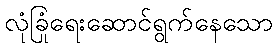
လုံခြုံရေးဆောင်ရွက်နေသော